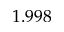
1 . 9 9 8